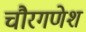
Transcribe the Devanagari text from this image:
चौरगणेश